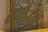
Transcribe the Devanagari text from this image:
सोरन